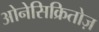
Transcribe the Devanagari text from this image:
ओनेसिक्रितोज़